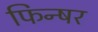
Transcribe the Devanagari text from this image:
फिन्षर